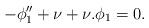
LaTeX: \begin{align*} -\phi_1''+\nu+\nu.\phi_1 = 0. \end{align*}